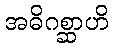
အဓိဂစ္ဆာဟိ